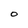
Character: O